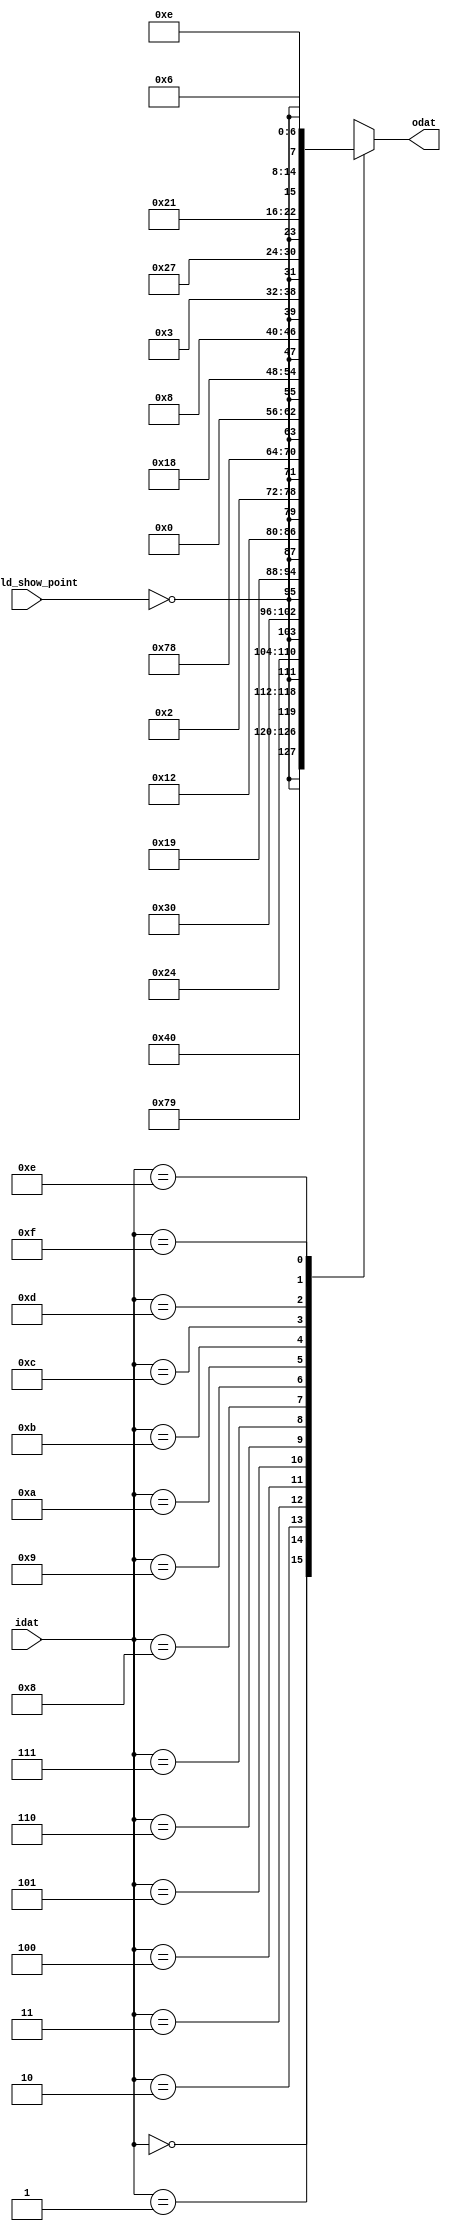
// `should_show_point`
module m_seven_segment(input [3:0] idat, input should_show_point, output [7:0] odat);

    function [7:0] LedDec;
      input [3:0] num;
      input _should_show_point;
      begin
        case (num)
          // 7LED
          4'h0:        LedDec = {~_should_show_point, 7'b1000000};  // 0
          4'h1:        LedDec = {~_should_show_point, 7'b1111001};  // 1
          4'h2:        LedDec = {~_should_show_point, 7'b0100100};  // 2
          4'h3:        LedDec = {~_should_show_point, 7'b0110000};  // 3
          4'h4:        LedDec = {~_should_show_point, 7'b0011001};  // 4
          4'h5:        LedDec = {~_should_show_point, 7'b0010010};  // 5
          4'h6:        LedDec = {~_should_show_point, 7'b0000010};  // 6
          4'h7:        LedDec = {~_should_show_point, 7'b1111000};  // 7
          4'h8:        LedDec = {~_should_show_point, 7'b0000000};  // 8
          4'h9:        LedDec = {~_should_show_point, 7'b0011000};  // 9
          4'ha:        LedDec = {~_should_show_point, 7'b0001000};  // a
          4'hb:        LedDec = {~_should_show_point, 7'b0000011};  // b
          4'hc:        LedDec = {~_should_show_point, 7'b0100111};  // c
          4'hd:        LedDec = {~_should_show_point, 7'b0100001};  // d
          4'he:        LedDec = {~_should_show_point, 7'b0000110};  // e
          4'hf:        LedDec = {~_should_show_point, 7'b0001110};  // f
           default:     LedDec = 8'b11111111;  // LED OFF
        endcase
      end
    endfunction

    assign odat = LedDec(idat, should_show_point);

endmodule